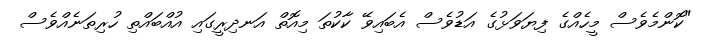
"ކޮންމެވެސް މީހެއްގެ ފިޔަވަޅުގެ އަޑުވެސް އެބައިވޭ ކާކުތަ މިއޮތް އަނދިރީގައި އުއްބައްތި ހުރިތަނެއްވެސް